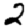
Digit: 2